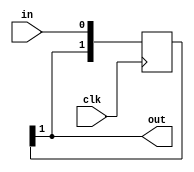
/*
   This file was generated automatically by Alchitry Labs version 1.2.7.
   Do not edit this file directly. Instead edit the original Lucid source.
   This is a temporary file and any changes made to it will be destroyed.
*/

/*
   Parameters:
     DEPTH = NUM_SYNC
*/
module pipeline_10 (
    input clk,
    input in,
    output reg out
  );
  
  localparam DEPTH = 2'h2;
  
  
  reg [1:0] M_pipe_d, M_pipe_q = 1'h0;
  
  integer i;
  
  always @* begin
    M_pipe_d = M_pipe_q;
    
    M_pipe_d[0+0-:1] = in;
    out = M_pipe_q[1+0-:1];
    for (i = 1'h1; i < 2'h2; i = i + 1) begin
      M_pipe_d[(i)*1+0-:1] = M_pipe_q[(i - 1'h1)*1+0-:1];
    end
  end
  
  always @(posedge clk) begin
    M_pipe_q <= M_pipe_d;
  end
  
endmodule